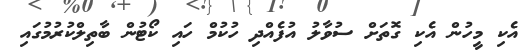
އެކި މީހުން އެކި ގޮތަށް ސުވާލު އުފެއްދި ހުކުމް ހައި ކޯޓުން ބާތިލްކުރުމުގައި